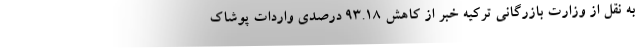
به نقل از وزارت بازرگانی ترکیه خبر از کاهش 93.18 درصدی واردات پوشاک